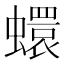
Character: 蠉